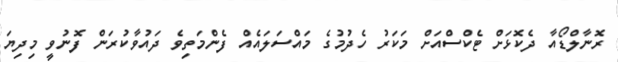
ރޮނާލްޑޯއާ ދެކޮޅަށް ޓެކްސްއަށް މަކަރު ހެދުމުގެ މައްސަލައެއް ފެންމަތިވެ ދައުވާކުރަން ފޮނުވީ މިދިޔަ